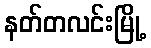
နတ်တလင်းမြို့